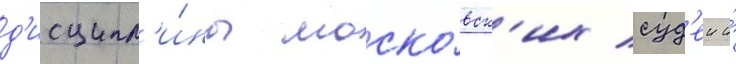
д'исципл'и́ны моско́вск'их суд'еи и́